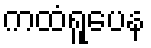
ကထံရူပေန